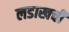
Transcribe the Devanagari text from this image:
लडाखची